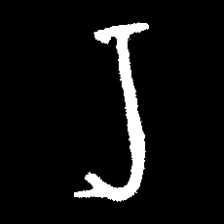
Pyu character \u2014 Myanmar letter: ရ (romanized: ra)